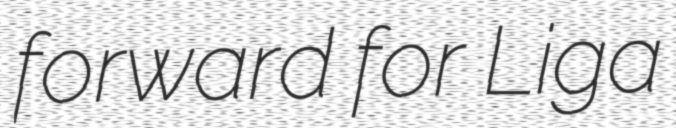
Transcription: forward for Liga